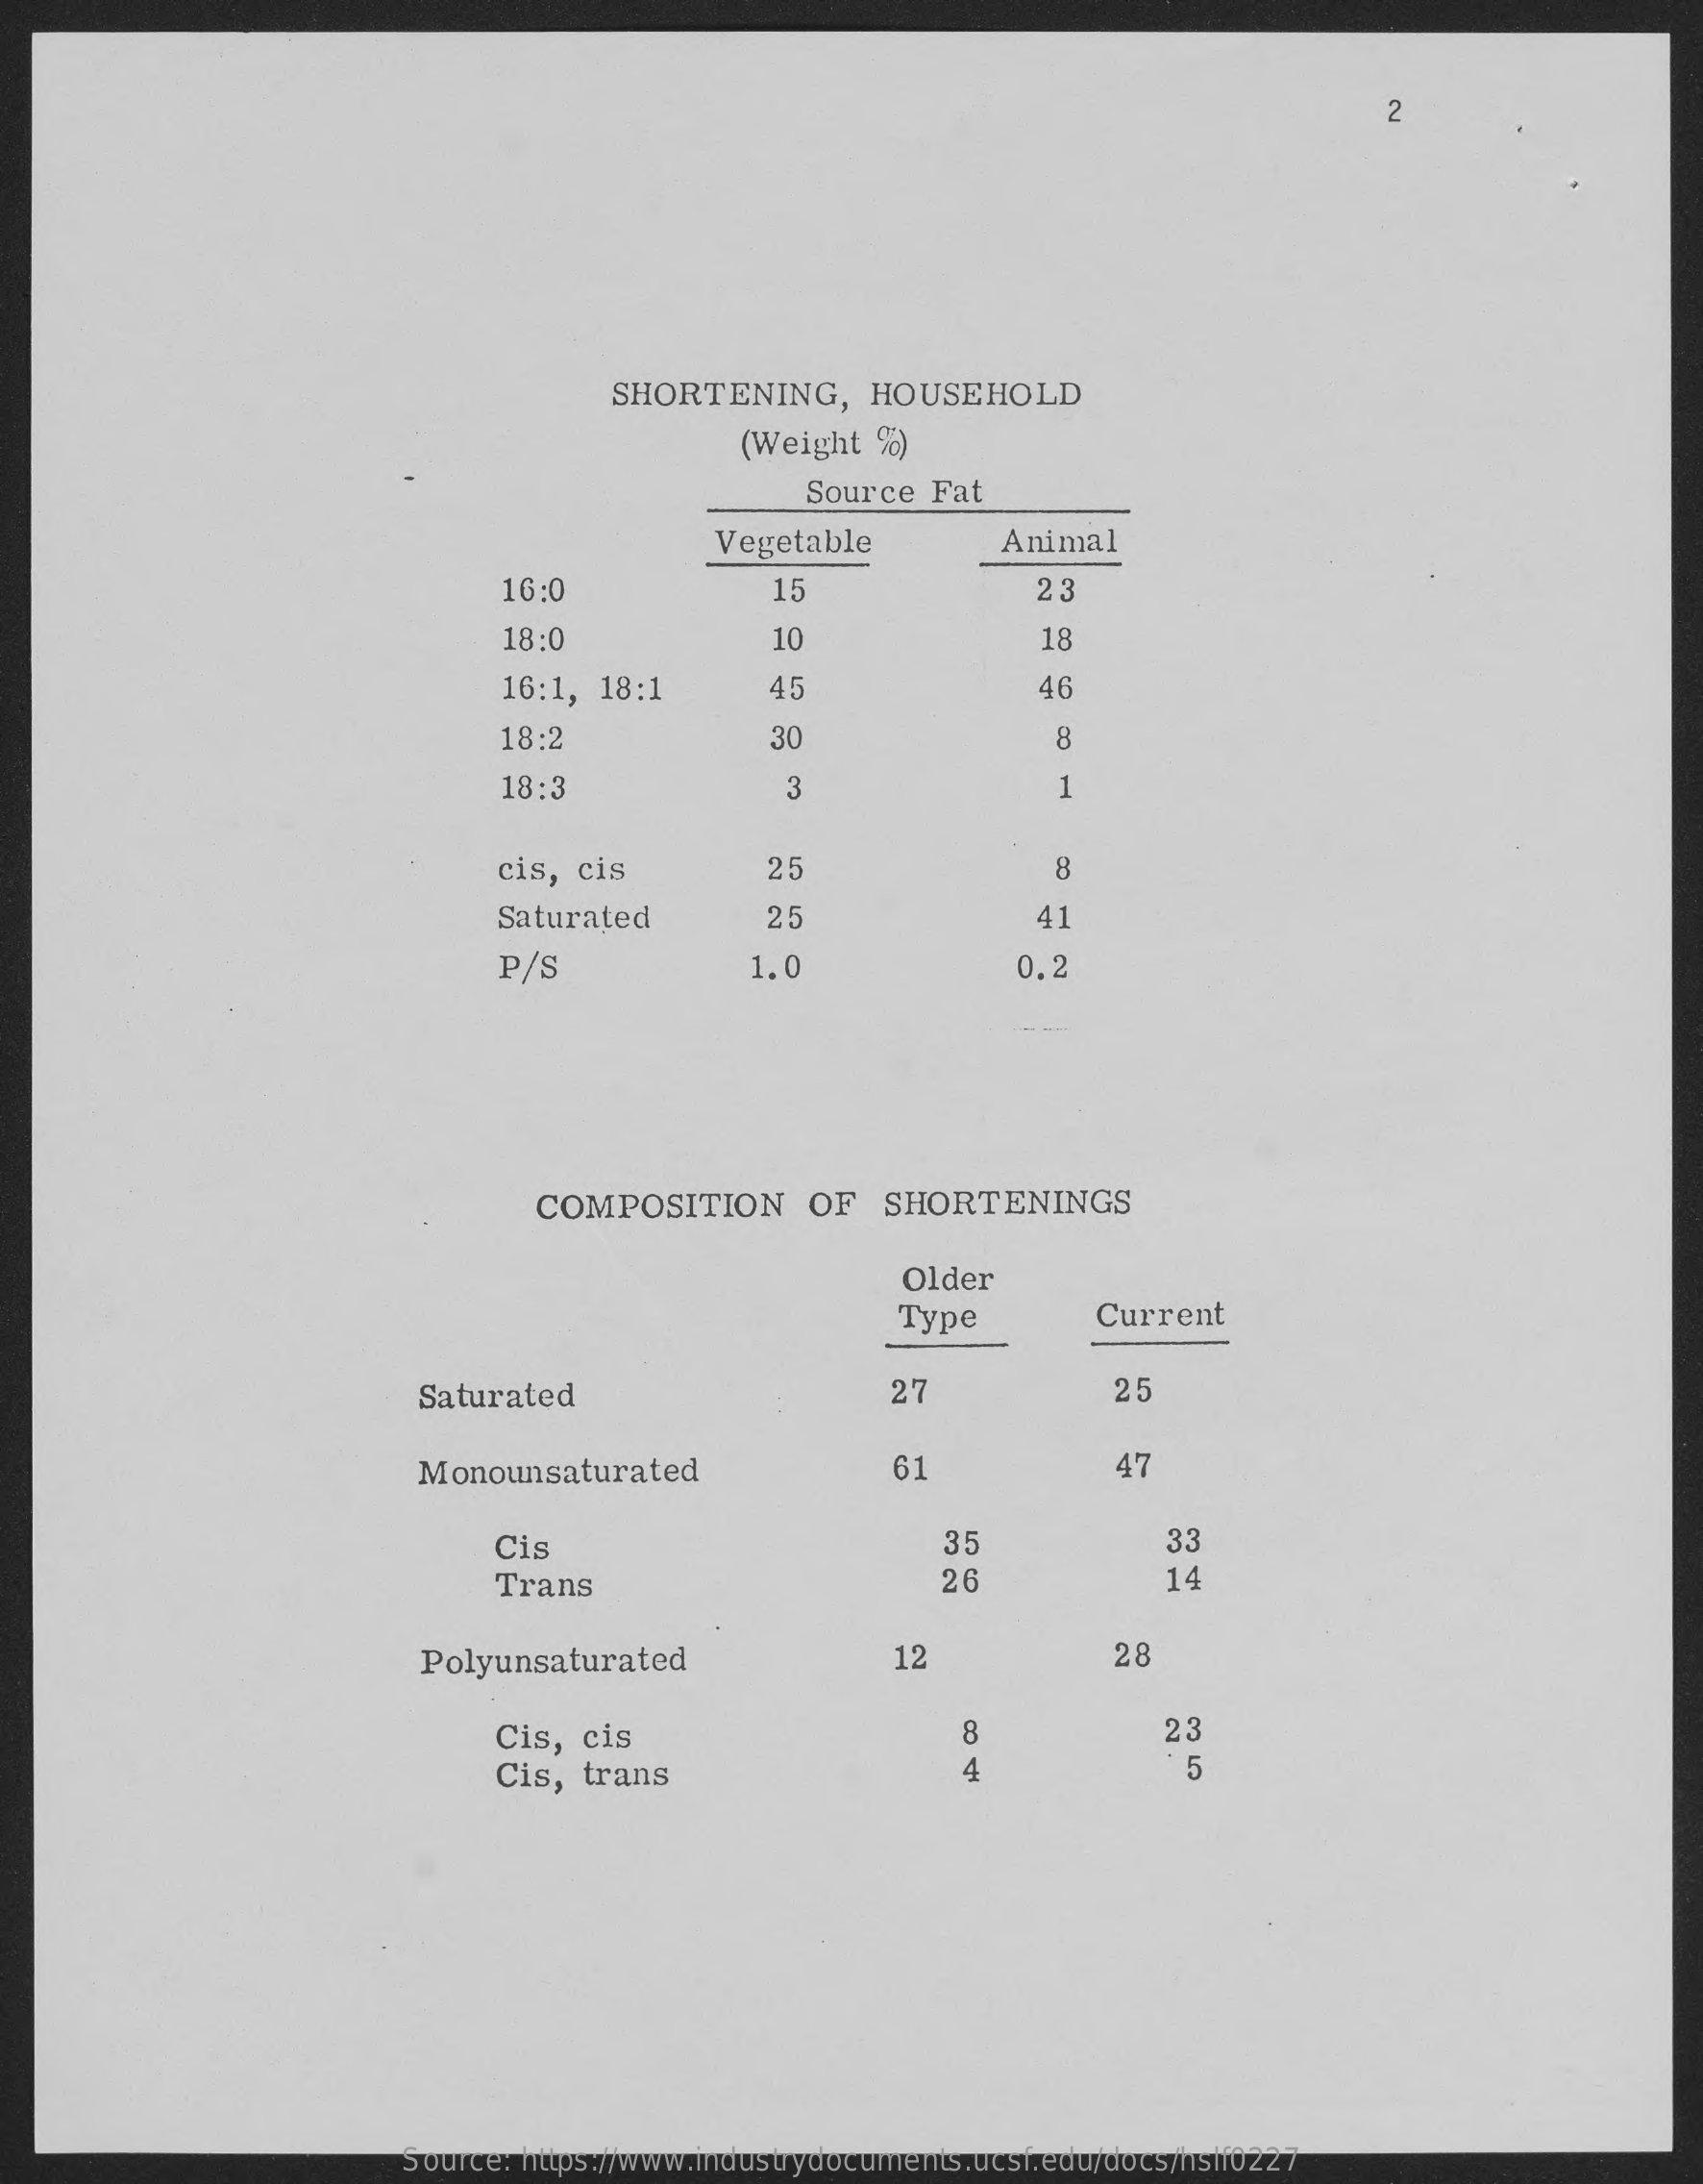
2
     SHORTENING,    HOUSEHOLD
     (Weight  %)
     Source  Fat
     Vegetable    Animal
     16:0    15    23
     18:0    10    18
     16:1,  18:1    45    46
     18:2    30    8
     18:3    3    1
     cis, cis    25    8
     Saturated    25    41
     P/S    1.0    0.2
     COMPOSITION    OF   SHORTENINGS
     Older
     Type    Current
     Saturated    27    25
     Monounsaturated    61    47
     Cis    35    33
     Trans    26    14
     Polyunsaturated    12    28
     Cis, cis    8    23
     Cis, trans    4    5
     Source: https://www.industrydocuments.ucsf.edu/docs/hslf0227